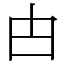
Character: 甴